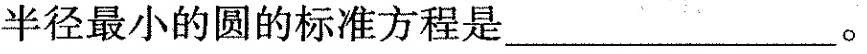
半径最小的圆的标准方程是___。